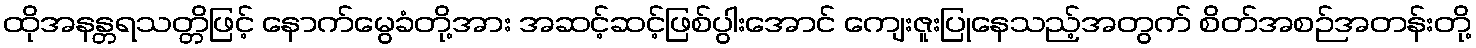
ထိုအနန္တရသတ္တိဖြင့် နောက်မွေခံတို့အား အဆင့်ဆင့်ဖြစ်ပွါးအောင် ကျေးဇူးပြုနေသည့်အတွက် စိတ်အစဉ်အတန်းတို့